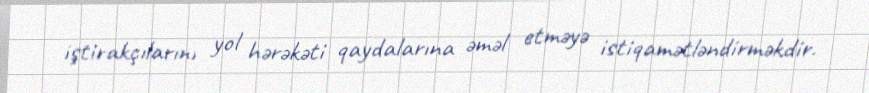
iştirakçılarını yol hərəkəti qaydalarına əməl etməyə istiqamətləndirməkdir.